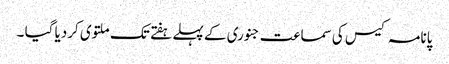
پانامہ کیس کی سماعت جنوری کے پہلے ہفتے تک ملتوی کردیا گیا ۔